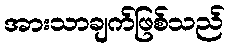
အားသာချက်ဖြစ်သည်